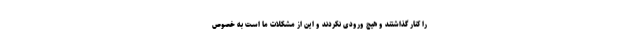
را کنار گذاشتند و هیچ ورودی نکردند و این از مشکلات ما است به خصوص